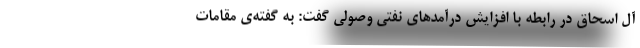
آل اسحاق در رابطه با افزایش درآمدهای نفتی وصولی گفت: به گفته‌ی مقامات